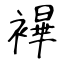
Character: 襅